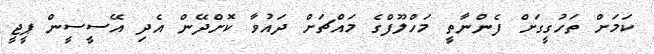
ކަމަށް ތަހުގީގަށް ފެންނާތީ މަހްލޫފްގެ މައްޗަށް ދައުވާ ކޮށްދޭން އެދި އޭސީސީން ޕީޖީ